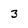
Character: 3